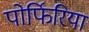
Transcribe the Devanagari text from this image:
पोर्फिरिया